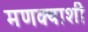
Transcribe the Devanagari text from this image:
मणक्याशी